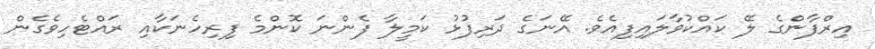
އިރްފާންގެ ލޭ ކައްކުވާލައިފިއެވެ. އޭނަގެ ދަރިފުޅު ކަމީލާ ފެންނަ ކޮންމެ ފިރިހެނަކާއި ރައްޓެހިވެގެން